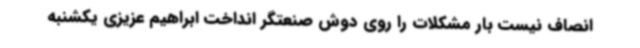
انصاف نیست بار مشکلات را روی دوش صنعتگر انداخت ابراهیم عزیزی یکشنبه